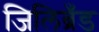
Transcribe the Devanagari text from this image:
जिलिब्रँड